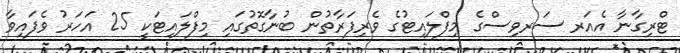
ޓްރިގާނާ އެއަރ ސަރވިސްގެ މިފްލައިޓުގެ ވެރިފަރާތުން ބުނާގޮތުގައި މިފްލައިޓަކީ 25 އަހަރު ވެފައިވާ